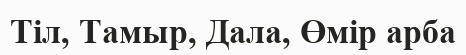
Тіл, Тамыр, Дала, Өмір арба